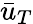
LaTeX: \bar{u}_{T}